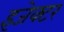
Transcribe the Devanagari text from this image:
इजेक्टर